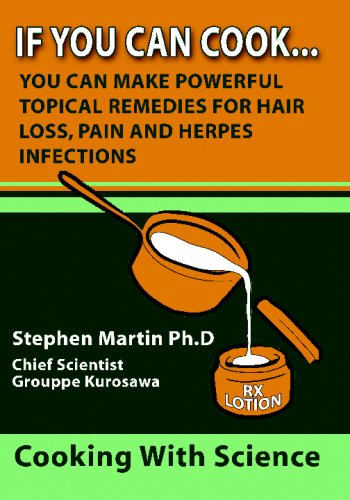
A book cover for If You Can Cook, You Can Make Powerful Topical Remedies For Hair Loss, Pain And Herpes Infections; Stephen Martin Ph.D; Health, Fitness & Dieting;